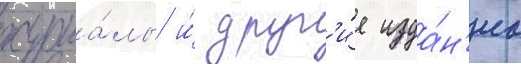
журна́лы и́ друг'и́е изда́н'иа